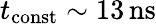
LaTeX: t_{\mathrm{const}}\sim 13\, \mathrm{ns}